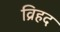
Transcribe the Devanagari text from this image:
व्रिहद